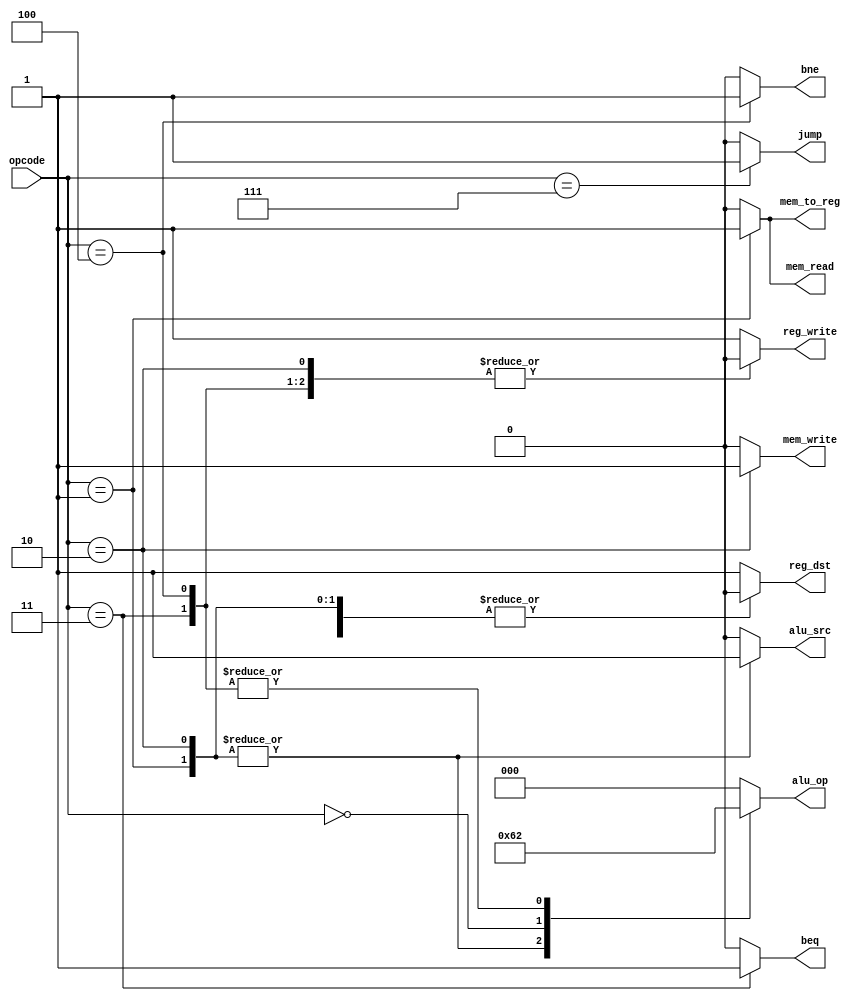
`timescale 1ns / 1ps
//////////////////////////////////////////////////////////////////////////////////
// Company: 
// Engineer: 
// 
// Design Name: 
// Module Name:    ControlUnit 
// Project Name: 
// Target Devices: 
// Tool versions: 
// Description: 
//
// Dependencies: 
//
// Revision: 
// Revision 0.01 - File Created
// Additional Comments: 
//
//////////////////////////////////////////////////////////////////////////////////
module ControlUnit( input[3:0] opcode,
      output reg[2:0] alu_op,
      output reg jump,beq,bne,mem_read,mem_write,alu_src,reg_dst,mem_to_reg,reg_write  
    );
always @(*)
begin
 case(opcode) 
 4'b0001:  // LW
   begin
    reg_dst = 1'b0;
    alu_src = 1'b1;
    mem_to_reg = 1'b1;
    reg_write = 1'b1;
    mem_read = 1'b1;
    mem_write = 1'b0;
    beq = 1'b0;
    bne = 1'b0;
    alu_op = 3'b001;
    jump = 1'b0;   
   end
 4'b0010:  // SW
   begin
    reg_dst = 1'b0;
    alu_src = 1'b1;
    mem_to_reg = 1'b0;
    reg_write = 1'b0;
    mem_read = 1'b0;
    mem_write = 1'b1;
    beq = 1'b0;
    bne = 1'b0;
    alu_op = 3'b001;
    jump = 1'b0;   
   end
 4'b0000:  // data_processing
   begin
    reg_dst = 1'b1;
    alu_src = 1'b0;
    mem_to_reg = 1'b0;
    reg_write = 1'b1;
    mem_read = 1'b0;
    mem_write = 1'b0;
    beq = 1'b0;
    bne = 1'b0;
    alu_op = 3'b100;
    jump = 1'b0;   
   end
 
 4'b0011:  // BEQ
   begin
    reg_dst = 1'b0;
    alu_src = 1'b0;
    mem_to_reg = 1'b0;
    reg_write = 1'b0;
    mem_read = 1'b0;
    mem_write = 1'b0;
    beq = 1'b1;
    bne = 1'b0;
    alu_op = 3'b010;
    jump = 1'b0;   
   end
 4'b0100:  // BNE
   begin
    reg_dst = 1'b0;
    alu_src = 1'b0;
    mem_to_reg = 1'b0;
    reg_write = 1'b0;
    mem_read = 1'b0;
    mem_write = 1'b0;
    beq = 1'b0;
    bne = 1'b1;
    alu_op = 3'b010;
    jump = 1'b0;   
   end
 4'b0111:  // Jump
   begin
    reg_dst = 1'b0;
    alu_src = 1'b0;
    mem_to_reg = 1'b0;
    reg_write = 1'b0;
    mem_read = 1'b0;
    mem_write = 1'b0;
    beq = 1'b0;
    bne = 1'b0;
    alu_op = 3'b000;
    jump = 1'b1;   
   end   
 default: begin
    reg_dst = 1'b1;
    alu_src = 1'b0;
    mem_to_reg = 1'b0;
    reg_write = 1'b1;
    mem_read = 1'b0;
    mem_write = 1'b0;
    beq = 1'b0;
    bne = 1'b0;
    alu_op = 3'b000;
    jump = 1'b0; 
   end
 endcase
 end


endmodule